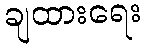
ချထားရေး